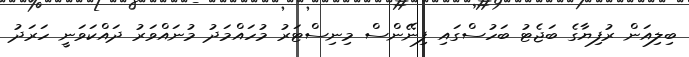
ބިލިއަން ރުފިޔާގެ ބަޖެޓު ބަހުސްގައި ފިނޭންސް މިނިސްޓަރު މުހައްމަދު މުނައްވަރު ދައްކަވަނީ ހަރަދު